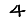
Digit: 4